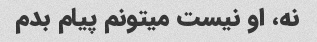
نه، او نیست میتونم پیام بدم